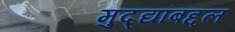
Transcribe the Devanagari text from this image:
मुद्द्यांबद्दल